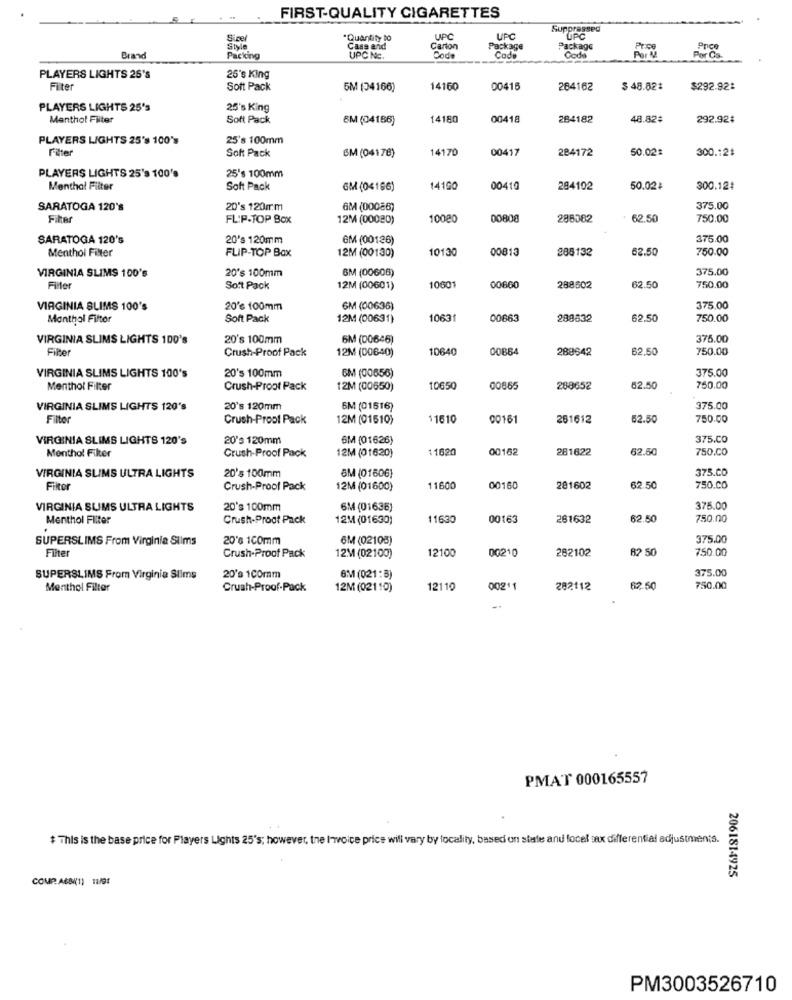
FIRST-QUALITY CIGARETTES
Suppressed
Sizer
Quantity to
UPC
UPC
UPC
Style
Cass and
Carton
Package
Package
Pres
Price
Brand
Packing
UPC Nc.
Code
Code
Code
PLAYERS LIGHTS 25's
25's King
Fiter
Soft Pack
5M (34166)
14160
00416
284162
$ 48.821
$292.92%
PLAYERS LIGHTS 25's
25's King
Menthol Filter
Soft Pack
6M (04186)
14180
00418
284182
48.82#
292.92#
PLAYERS LIGHTS 25's 100's
25's 100mm
Soft Pack
14170
00417
284172
50.02#
300.12#
CM (04178)
PLAYERS LIGHTS 25's 100's
25's 100mm
Menthol Filter
Soft Pack
GM (04166)
14160
00419
284102
50.02$
300.12#
SARATOGA 120's
20's 120mm
GM (00086)
375.00
File
FLIP-TOP Box
12M (00020)
10080
00808
286382
62.50
750.00
SARATOGA 120's
20's 120mm
GM (00126)
375.00
10130
00813
285132
62.50
750.00
Menthol Filter
FLIP-TOP Box
12M (00130)
20's 100mm
SM (00608)
375.00
VIRGINIA SLIMS 100's
Filter
Soft Pack
12M (00601)
10601
00660
288602
62.50
750.00
VIRGINIA SLIMS 100's
20's 100mm
6M (00636)
375,00
Monthol Filter
Soft Pack
12M (00631)
10631
00663
288832
62.50
750.00
VIRGINIA SLIMS LIGHTS 100's
20's 100mm
6M (00646)
375.00
Filter
Crush-Proof Pack
12M (00640)
10640
00864
288642
62.50
750.00
20's 100mm
6M (00656)
375.00
VIRGINIA SLIMS LIGHTS 100's
Menthol Filter
Crush-Proot Pack
12M (00650)
10650
00865
288652
62.50
750.00
VIRGINIA SLIMS LIGHTS 120's
20's 120mm
6M (01516)
375.00
Filter
Crush-Proof Pack
12M (01510)
11610
00161
251612
62.50
750.00
VIRGINIA SLIMS LIGHTS 120's
20's 120mm
6M (01626)
375.CO
12M (01620)
11620
00162
281622
62.50
750.CO
Menthol Filter
Crush-Proof Pack
VIRGINIA SLIMS ULTRA LIGHTS
20's 100mm
375.CO
6M (01606)
Filter
Crush-Proof Pack
12M (01600)
11600
00160
281602
62.50
750.00
VIRGINIA SUMS ULTRA LIGHTS
20's 100mm
6M (01638)
375.00
Menthol Filter
Crush-Proot Pack
12M (01630)
11630
00163
261632
62.50
750.00
SUPERSLIMS From Virginia Slims
20% 100mm
6M (02105)
375.00
Filter
12100
00210
282102
82 50
750.00
Crush-Proof Pack
12M (02100)
375.00
SUPERSLIMS From Virginia Slims
20's 100mm
6M (021:3)
Menthol Filter
Crush-Proof-Pack
12M (02110)
12110
00211
282112
62,50
750.00
PMAT 000165557
$ This is the base price for Players Lights 25's; however, the Invoice price will vary by locality, based on state and focel sax differential adjustments.
2061814925
COMP. A6BN(1) 11/91
PM3003526710